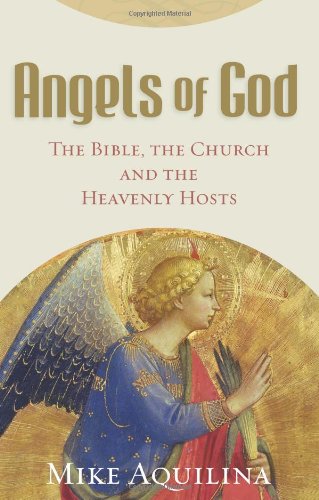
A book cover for Angels of God: The Bible, the Church and the Heavenly Hosts; Mike Aquilina; Christian Books & Bibles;